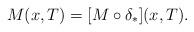
LaTeX: \begin{align*} M(x,T) = [M \circ \delta_*](x,T). \end{align*}